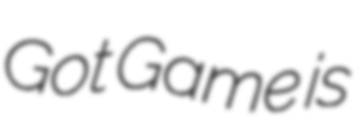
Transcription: Got Game is